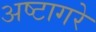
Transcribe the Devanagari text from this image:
अष्टागरे